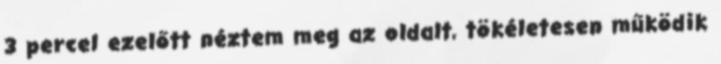
3 percel ezelőtt néztem meg az oldalt, tökéletesen működik